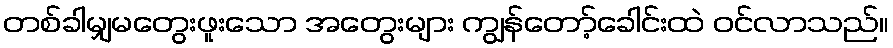
တစ်ခါမျှမတွေးဖူးသော အတွေးများ ကျွန်တော့်ခေါင်းထဲ ဝင်လာသည်။